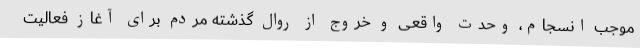
موجب انسجام، وحدت واقعی و خروج از روال گذشته مردم برای آغاز فعالیت